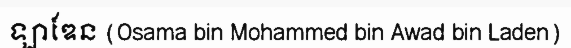
ឡាឌែន (Osama bin Mohammed bin Awad bin Laden)